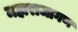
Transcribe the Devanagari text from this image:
महाराजागण